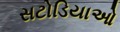
સટોડિયાઓ